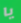
يا